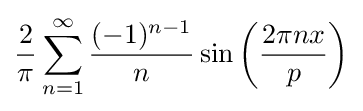
{\frac {2}{\pi }}\sum _{n=1}^{\infty }{\frac {(-1)^{n-1}}{n}}\sin \left({\frac {2\pi nx}{p}}\right)